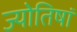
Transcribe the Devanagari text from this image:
ज्योतिषां